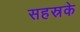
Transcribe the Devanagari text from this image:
सहस्रके